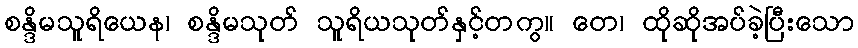
စန္ဒိမသူရိယေန၊ စန္ဒိမသုတ် သူရိယသုတ်နှင့်တကွ။ တေ၊ ထိုဆိုအပ်ခဲ့ပြီးသော